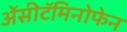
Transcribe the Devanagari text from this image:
ॲेसीटॅमिनोफेन